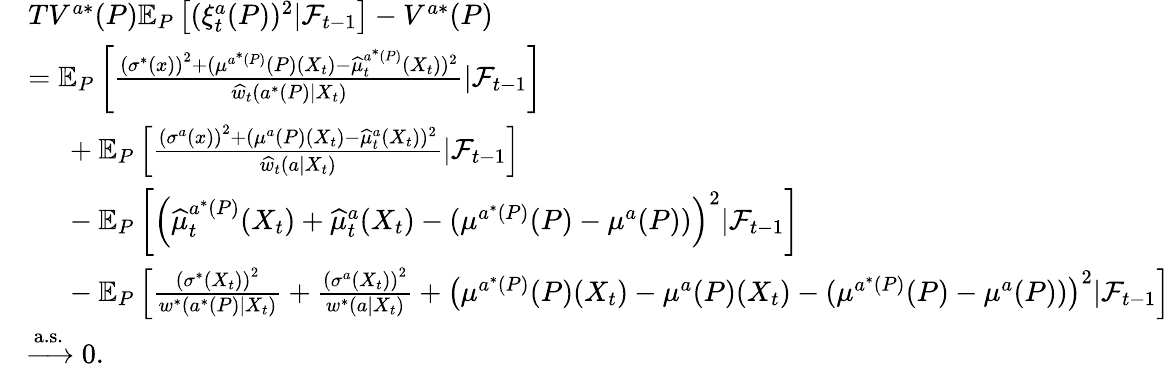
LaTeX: \begin{array}{rl}&{TV^{a*}(P)\mathbb{E}_{P}\left[(\xi_{t}^{a}(P))^{2}|\mathcal{F}_{t-1}\right]-V^{a*}(P)}\\ &{=\mathbb{E}_{P}\left[\frac{\left(\sigma^{*}(x)\right)^{2}+(\mu^{a^{*}(P)}(P)(X_{t})-\widehat{\mu}_{t}^{a^{*}(P)}(X_{t}))^{2}}{\widehat{w}_{t}(a^{*}(P)|X_{t})}|\mathcal{F}_{t-1}\right]}\\ &{\ \ \ \ \ +\mathbb{E}_{P}\left[\frac{\left(\sigma^{a}(x)\right)^{2}+(\mu^{a}(P)(X_{t})-\widehat{\mu}_{t}^{a}(X_{t}))^{2}}{\widehat{w}_{t}(a|X_{t})}|\mathcal{F}_{t-1}\right]}\\ &{\ \ \ \ \ -\mathbb{E}_{P}\left[\left(\widehat{\mu}_{t}^{a^{*}(P)}(X_{t})+\widehat{\mu}_{t}^{a}(X_{t})-(\mu^{a^{*}(P)}(P)-\mu^{a}(P))\right)^{2}|\mathcal{F}_{t-1}\right]}\\ &{\ \ \ \ \ -\mathbb{E}_{P}\left[\frac{\left(\sigma^{*}(X_{t})\right)^{2}}{w^{*}(a^{*}(P)|X_{t})}+\frac{\left(\sigma^{a}(X_{t})\right)^{2}}{w^{*}(a|X_{t})}+\left(\mu^{a^{*}(P)}(P)(X_{t})-\mu^{a}(P)(X_{t})-(\mu^{a^{*}(P)}(P)-\mu^{a}(P))\right)^{2}|\mathcal{F}_{t-1}\right]}\\ &{\xrightarrow{\mathrm{a.s.}}0.}\end{array}